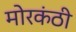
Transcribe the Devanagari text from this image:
मोरकंठी